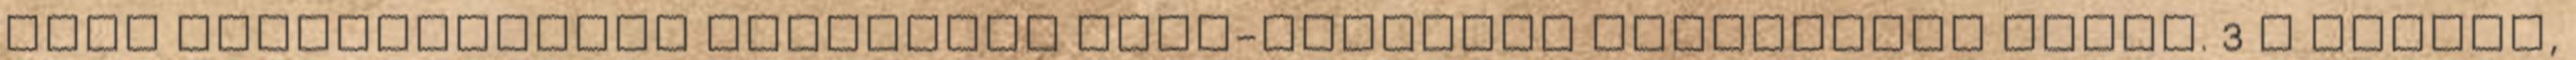
vagy költségvetési beszámoló záró-számadás érvényessé válik. 3 A Zsinat,